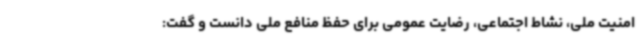
امنیت ملی، نشاط اجتماعی، رضایت عمومی برای حفظ منافع ملی دانست و گفت: